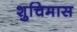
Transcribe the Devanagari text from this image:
शुचिमास